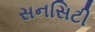
સનસિટી